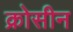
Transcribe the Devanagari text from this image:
क्रोसीन